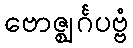
ဗောဇ္ဈင်္ဂပဗ္ဗံ